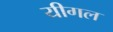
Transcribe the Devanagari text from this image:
यीगल